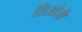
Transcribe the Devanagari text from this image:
शिओजी